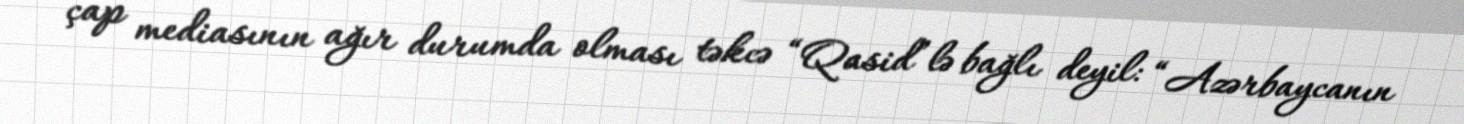
çap mediasının ağır durumda olması təkcə “Qasid”lə bağlı deyil: “Azərbaycanın